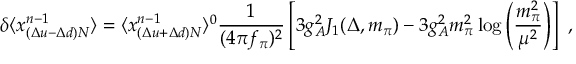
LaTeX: \delta \langle x _ { ( \Delta u - \Delta d ) N } ^ { n - 1 } \rangle = \langle x _ { ( \Delta u + \Delta d ) N } ^ { n - 1 } \rangle ^ { 0 } { \frac { 1 } { ( 4 \pi f _ { \pi } ) ^ { 2 } } } \left[ 3 g _ { A } ^ { 2 } J _ { 1 } ( \Delta , m _ { \pi } ) - 3 g _ { A } ^ { 2 } m _ { \pi } ^ { 2 } \log \left( { \frac { m _ { \pi } ^ { 2 } } { \mu ^ { 2 } } } \right) \right] \ ,